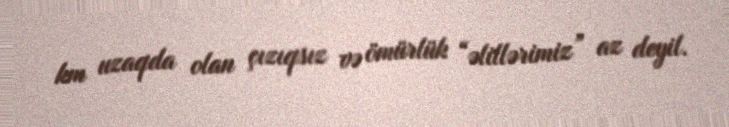
km uzaqda olan çızıqsız və ömürlük “əlillərimiz” az deyil.